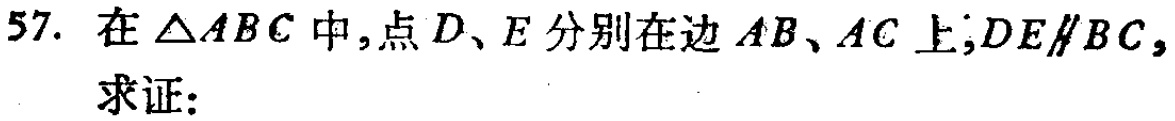
57. 在\(\triangle ABC\)中，点\(D\)、\(E\)分别在边\(AB\)、\(AC\)上，\(DE\parallel BC\)，

求证：